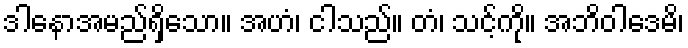
ဒါနောအမည်ရှိသော။ အဟံ၊ ငါသည်။ တံ၊ သင့်ကို။ အဘိဝါဒေမိ၊